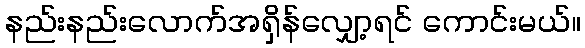
နည်းနည်းလောက်အရှိန်လျှော့ရင် ကောင်းမယ်။